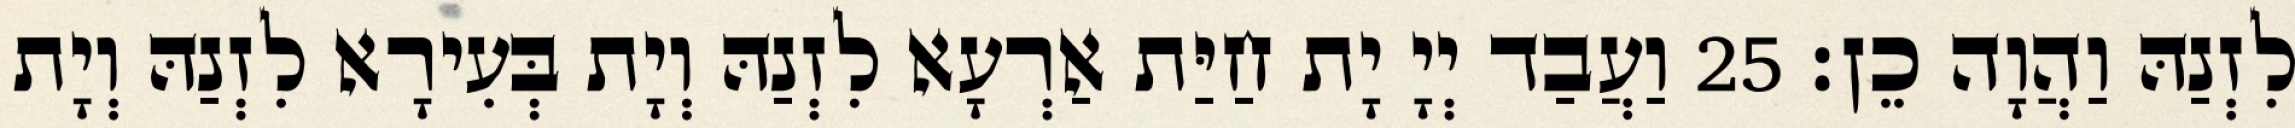
לִזְנַהּ וַהֲוָה כֵן׃ 25 וַעֲבַד יְיָ יָת חַיַּת אַרְעָא לִזְנַהּ וְיָת בְּעִירָא לִזְנַהּ וְיָת